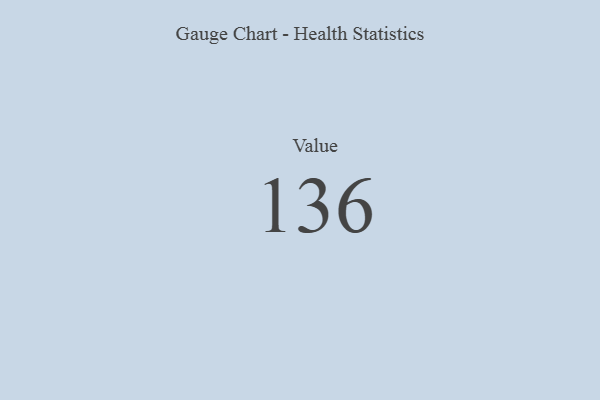
{"axis": {"x": "Metric", "y": "Value"}, "legend": [""], "data": [{"x": "Value", "y": 136, "type": ""}]}